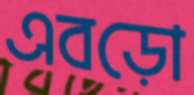
এবড়ো